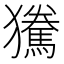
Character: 𰡫